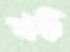
খট